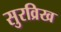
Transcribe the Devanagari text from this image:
सुरव्रिख